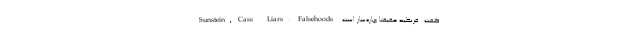
گفت: قرنطینه حقیقتاً چاره‌ساز است. Sunstein, Cass. Liars: Falsehoods